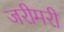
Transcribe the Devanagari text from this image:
जरीमरी